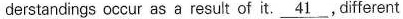
derstandings cccur as a resut of it. \underline{41},dfferent